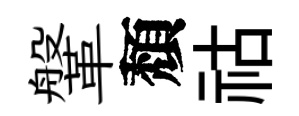
鞶頽祜